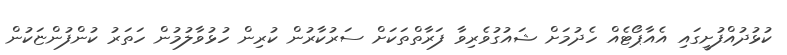
ކުޅުދުއްފުށީގައި އެއާޕޯޓެއް ހެދުމަށް ޝައުގުވެރިވާ ފަރާތްތަކަށް ސަރުކާރުން ކުރިން ހުޅުވާލުމުން ހަތަރު ކުންފުންޏަކުން